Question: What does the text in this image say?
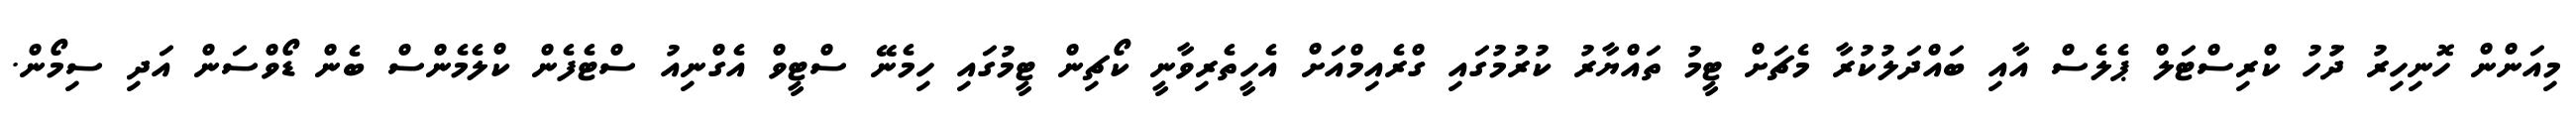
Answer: މިއަންން ހޮނިހިރު ދުަހު ކްރިސްޓަލް ޕެލެސް އާއި ބައްދަލުކުރާ މެޗަށް ޓީމު ތައްޔާރު ކުރުމުގައި ގްރެއިމްއަށް އެހީތެރިވާނީ ކޯޗިން ޓީމުގައި ހިމެނޭ ސްޓީވް އެގްނިއު ސްޓެފެން ކްލެމެންސް ބެން ޑޯވްސަން އަދި ސިމޯން.